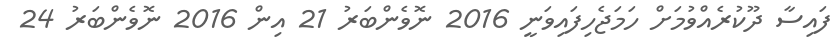
ފައިސާ ދޫކުރެއްވުމަށް ހަމަޖެހިފައިވަނީ 2016 ނޮވެންބަރު 21 އިން 2016 ނޮވެންބަރު 24